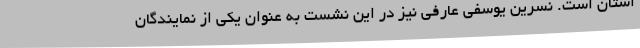
استان است. نسرین یوسفی عارفی نیز در این نشست به عنوان یکی از نمایندگان